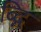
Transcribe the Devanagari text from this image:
ब्द्गि